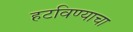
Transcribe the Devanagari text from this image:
हटविण्याचा